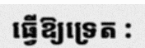
ធ្វើឱ្យទ្រេត :